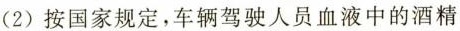
(2)按国家规定，车辆驾驶人员血液中的酒精